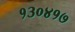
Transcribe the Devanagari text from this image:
१३०४१७